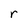
Character: r